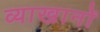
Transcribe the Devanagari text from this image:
व्याखानों